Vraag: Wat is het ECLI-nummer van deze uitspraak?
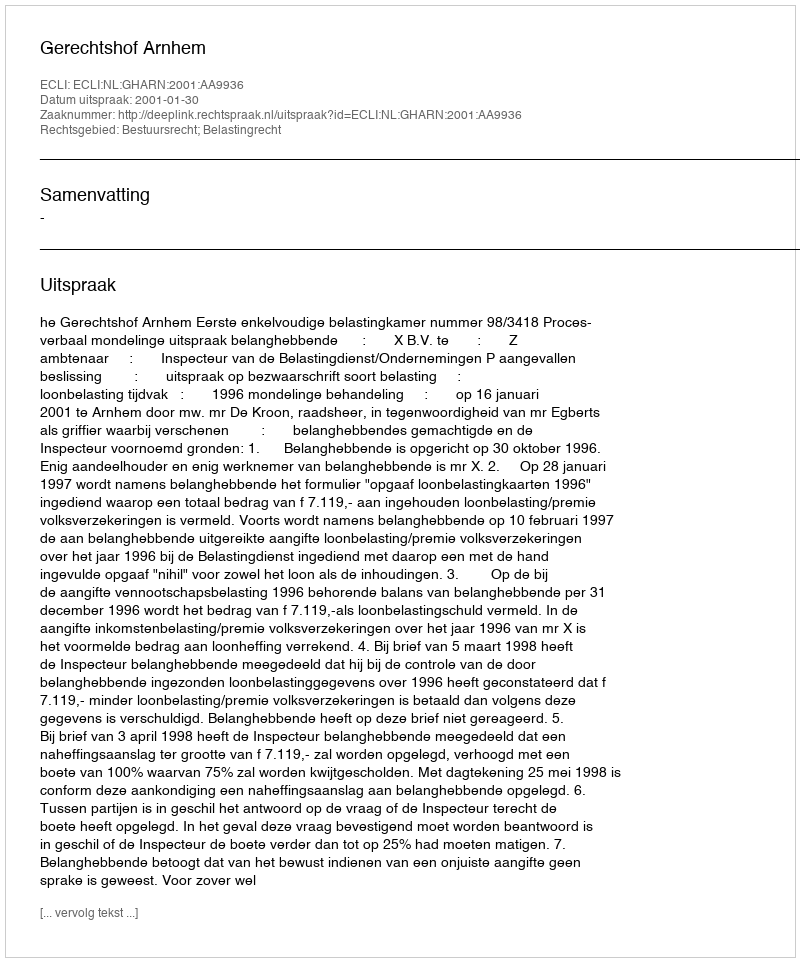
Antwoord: ECLI:NL:GHARN:2001:AA9936